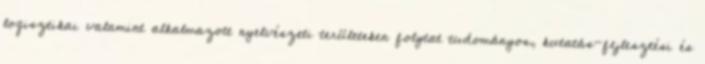
logisztikai valamint alkalmazott nyelvészeti területeken folytat tudományos, kutatás-fejlesztési és